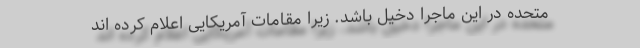
متحده در این ماجرا دخیل باشد. زیرا مقامات آمریکایی اعلام کرده اند